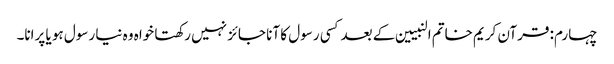
چہارم: قرآن کریم خاتم النبیین کے بعدکسی رسول کا آنا جائز نہیں رکھتا خواہ وہ نیا رسول ہو یا پرانا۔